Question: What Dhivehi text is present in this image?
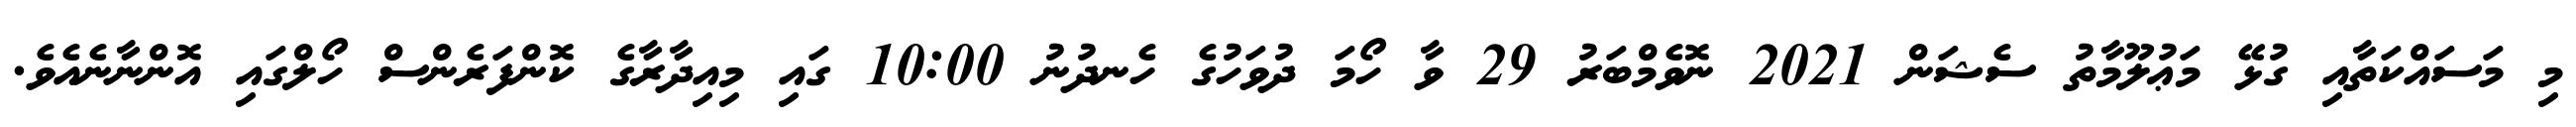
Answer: މި މަސައްކަތާއި ގުޅޭ މަޢުލޫމާތު ސެޝަން 2021 ނޮވެމްބަރު 29 ވާ ހޯމަ ދުވަހުގެ ހެނދުނު 10:00 ގައި މިއިދާރާގެ ކޮންފަރެންސް ހޯލްގައި އޮންނާނެއެވެ.